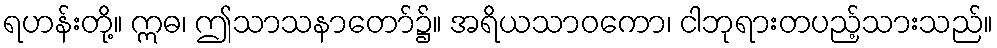
ရဟန်းတို့။ ဣဓ၊ ဤသာသနာတော်၌။ အရိယသာဝကော၊ ငါဘုရားတပည့်သားသည်။